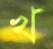
খ